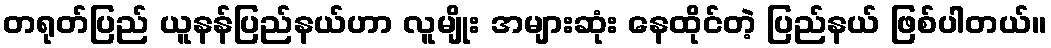
တရုတ်ပြည် ယူနန်ပြည်နယ်ဟာ လူမျိုး အများဆုံး နေထိုင်တဲ့ ပြည်နယ် ဖြစ်ပါတယ်။